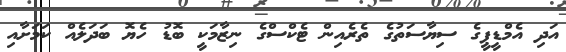
އަދި އެމްޑީޕީގެ ސިޔާސަތުގެ ތެރެއިން ޓެކްސްގެ ނިޒާމަކީ ބޮޑު ހެޔޮ ބަދަލެއް ކަމަށާއި